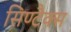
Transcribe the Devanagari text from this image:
सिण्टैक्स